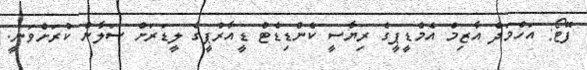
ފޮޓޯ: އަހްމަދް އާޒިމް އެމްޑީޕީގެ ރިޔާސީ ކެންޑިޑެޓް ޑީއާރްޕީގެ ލީޑަރަށް ސަލާން ކުރަށްވަނީ.